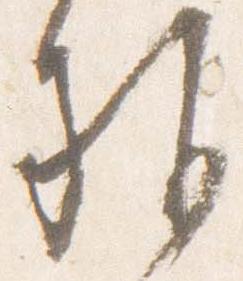
施